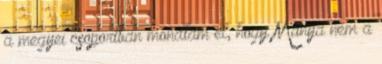
a megyei csoportban mondtam el, hogy Mánya nem a